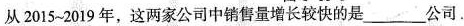
从2015-2019年，这两家公司中销售量增长较快的是___公司。